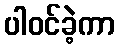
ပါဝင်ခဲ့ကာ